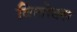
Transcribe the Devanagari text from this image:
विलोक्स